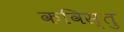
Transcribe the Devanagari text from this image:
कविस्तु